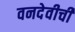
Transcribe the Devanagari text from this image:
वनदेवीची